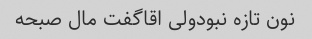
نون تازه نبودولی اقاگفت مال صبحه